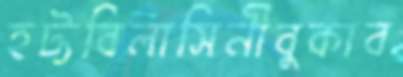
হট্টবিলাসিনীবুকাব